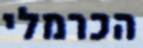
הכרמלי